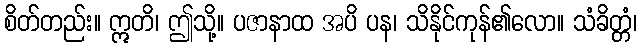
စိတ်တည်း။ ဣတိ၊ ဤသို့။ ပဇာနာထ အပိ ပန၊ သိနိုင်ကုန်၏လော။ သံခိတ္တံ၊